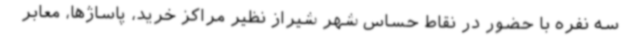
سه نفره با حضور در نقاط حساس شهر شیراز نظیر مراکز خرید، پاساژها، معابر